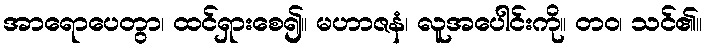
အာရောပေတွာ၊ ထင်ရှားစေ၍။ မဟာဇနံ၊ လူအပေါင်းကို။ တဝ၊ သင်၏။